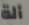
ألة